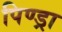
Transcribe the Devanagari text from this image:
पिण्‍ड्रा